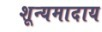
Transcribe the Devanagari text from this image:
शून्यमादाय